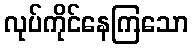
လုပ်ကိုင်နေကြသော